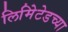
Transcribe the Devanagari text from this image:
लिमिेटेडच्या